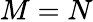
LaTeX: M=N